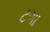
ટગા